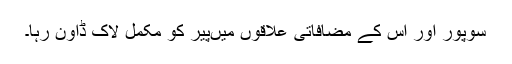
سوپور اور اس کے مضافاتی علاقوں میںپیر کو مکمل لاک ڈاؤن رہا۔